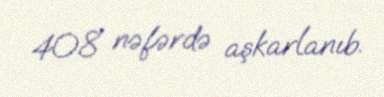
408 nəfərdə aşkarlanıb.